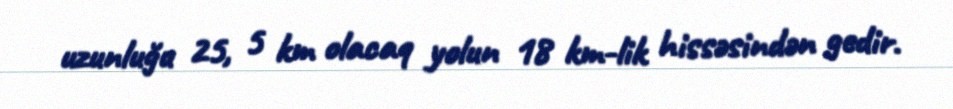
uzunluğu 25, 5 km olacaq yolun 18 km-lik hissəsindən gedir.